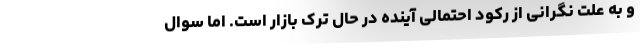
و به علت نگرانی از رکود احتمالی آینده در حال ترک بازار است. اما سوال